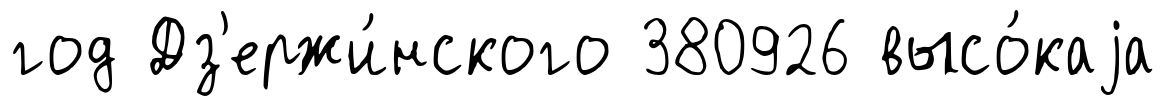
год Дз'ержи́нского 380926 высо́каjа